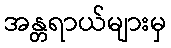
အန္တရာယ်များမှ